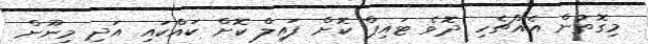
މިގޮތުން އެއްޗެހި ދޮވެ ޓައިޕް ކޮށް ފައިލް ކޮށް ކައްކައި އަދި މިނޫން